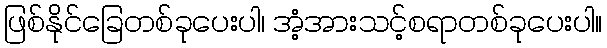
ဖြစ်နိုင်ခြေတစ်ခုပေးပါ၊ အံ့အားသင့်စရာတစ်ခုပေးပါ။